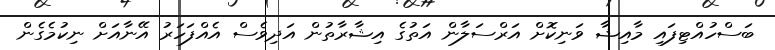
ބަސްހުއްޓިފައި މާއިޝާ ވަނިކޮށް އަރްސަލާން އަތުގެ އިޝާރާތުން އަދިވެސް އެއްފަހަރު އޭނާއަށް ނިކުމެގެން